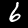
Label: 6